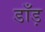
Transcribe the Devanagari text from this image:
डाँड़